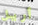
أريل